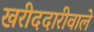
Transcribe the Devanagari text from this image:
खरीददारीवाले